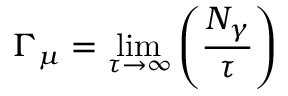
\Gamma _ { \mu } = \operatorname * { l i m } _ { \tau \to \infty } \left( { \frac { N _ { \gamma } } { \tau } } \right)